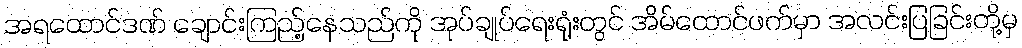
အရထောင်ဒဏ် ချောင်းကြည့်နေသည်ကို အုပ်ချုပ်ရေးရုံးတွင် အိမ်ထောင်ဖက်မှာ အလင်းပြခြင်းတို့မှ